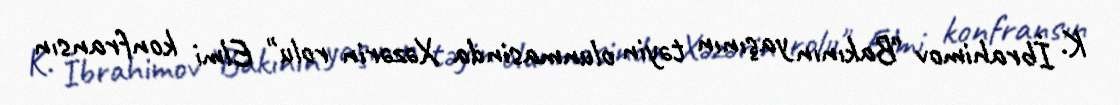
K. İbrahimov "Bakının yaşının təyin olunmasinda Xəzərin rolu" Elmi konfransın